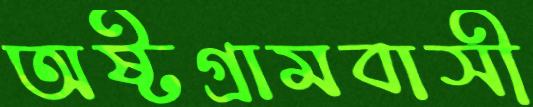
অষ্টগ্রামবাসী